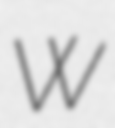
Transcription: W